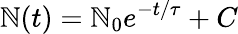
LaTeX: \mathbb{N}(t)=\mathbb{N}_{0}e^{-t/\tau}+C